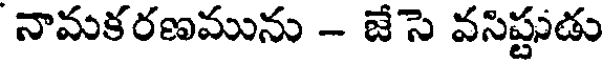
నామకరణమును - జేసె వసిష్టుడు